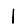
Digit: 1